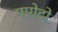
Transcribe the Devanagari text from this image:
पपोटो